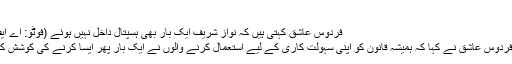
‘
فردوس عاشق کہتی ہیں کہ نواز شریف ایک بار بھی ہسپتال داخل نہیں ہوئے (فوٹو: اے ایف پی)
ڈاکٹر فردوس عاشق نے کہا کہ ہمیشہ قانون کو اپنی سہولت کاری کے لیے استعمال کرنے والوں نے ایک بار پھر ایسا کرنے کی کوشش کی ہے۔